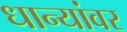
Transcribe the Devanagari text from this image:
धान्यांवर